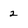
Character: 2